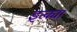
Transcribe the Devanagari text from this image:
इत्क्या